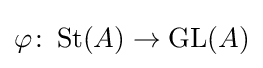
\varphi \colon \operatorname {St} (A)\to \mathrm {GL} (A)